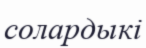
солардыкі